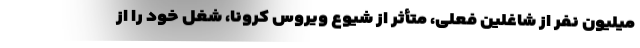
میلیون نفر از شاغلین فعلی، متأثر از شیوع ویروس کرونا، شغل خود را از